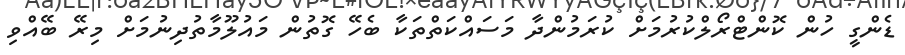
ޑެންގީ ހުން ކޮންޓްރޯލްކުރުމަށް ކުރަމުންދާ މަސައްކަތްތަކާ ބެހޭ ގޮތުން މައުލޫމާތުދިނުމަށް މިރޭ ބޭއްވި